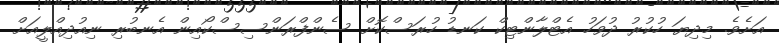
އަށެވެ. މިދިޔަ ހުކުރު ދުވަހު އެޓްލާންޓިކް ކަނޑު ހުރަސްކޮށް ސެންފްރަންސިސްކޯއިން އެނބުރި ނިއުދިއްލީއަށް